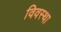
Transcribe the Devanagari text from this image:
विवस्था